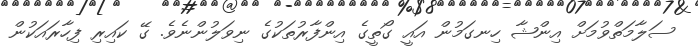
ސަލާމަތްވުމަށް އިންޝާ ހިނގަމުން އައީ ގޯތީގެ އިންފާރުތަކުގެ ނިވަލުންނެވެ. ގޭ ކައިރި ފިހާރައަކުން